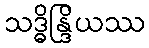
သဒ္ဓိန္ဒြိယဿ